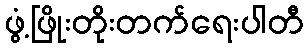
ဖွံ့ဖြိုးတိုးတက်ရေးပါတီ